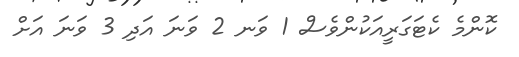
ކޮންމެ ކެޓަގަރީއަކުންވެސް 1 ވަނ 2 ވަނަ އަދި 3 ވަނަ އަށް